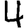
Digit: 4